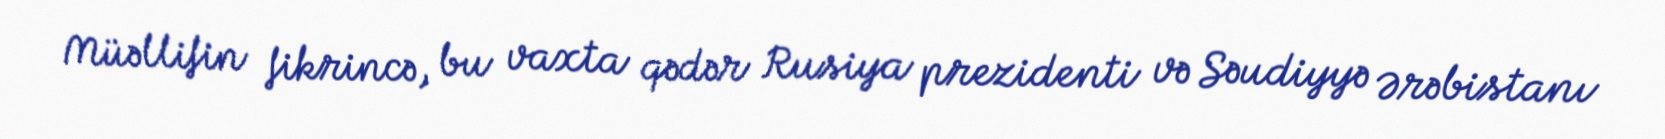
Müəllifin fikrincə, bu vaxta qədər Rusiya prezidenti və Səudiyyə Ərəbistanı